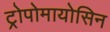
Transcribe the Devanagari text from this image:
ट्रोपोमायोसिन